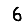
Digit: 6